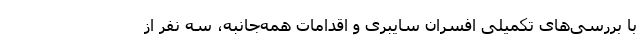
با بررسی‌های تکمیلی افسران سایبری و اقدامات همه‌جانبه، سه نفر از